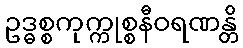
ဥဒ္ဓစ္စကုက္ကုစ္စနီဝရဏန္တိ